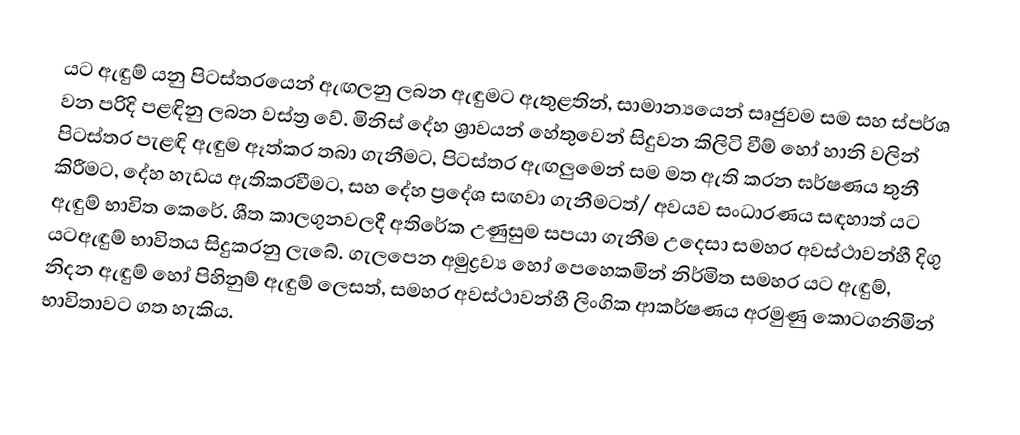
යට ඇඳුම් යනු පිටස්තරයෙන් ඇඟලනු ලබන ඇඳුමට ඇතුළතින්, සාමාන්‍යයෙන් සෘජුවම සම සහ ස්පර්ශ වන පරිදි පළඳිනු ලබන වස්ත්‍ර වේ. මිනිස් දේහ ශ්‍රාවයන් හේතුවෙන් සිදුවන කිලිටි වීම් හෝ හානි වලින් පිටස්තර පැළඳි ඇඳුම ඈත්කර තබා ගැනීමට, පිටස්තර ඇඟලුමෙන් සම මත ඇති කරන ඝර්ෂණය තුනී කිරීමට, දේහ හැඩය ඇතිකරවීමට, සහ දේහ ප්‍රදේශ සඟවා ගැනීමටත්/ අවයව සංධාරණය සඳහාත් යට ඇඳුම් භාවිත කෙරේ. ශීත කාලගුනවලදී අතිරේක උණුසුම සපයා ගැනීම උදෙසා සමහර අවස්ථාවන්හී දිගු යටඇඳුම් භාවිතය සිදුකරනු ලැබේ. ගැලපෙන අමුද්‍රව්‍ය හෝ පෙහෙකමින් නිර්මිත සමහර යට ඇඳුම්, නිදන ඇඳුම් හෝ පිහිනුම් ඇඳුම් ලෙසත්, සමහර අවස්ථාවන්හී ලිංගික ආකර්ෂණය අරමුණු කොටගනිමින් භාවිතාවට ගත හැකිය.